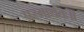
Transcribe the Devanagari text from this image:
परमार्थतः॥